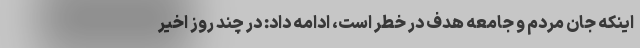
اینکه جان مردم و جامعه هدف در خطر است، ادامه داد: در چند روز اخیر